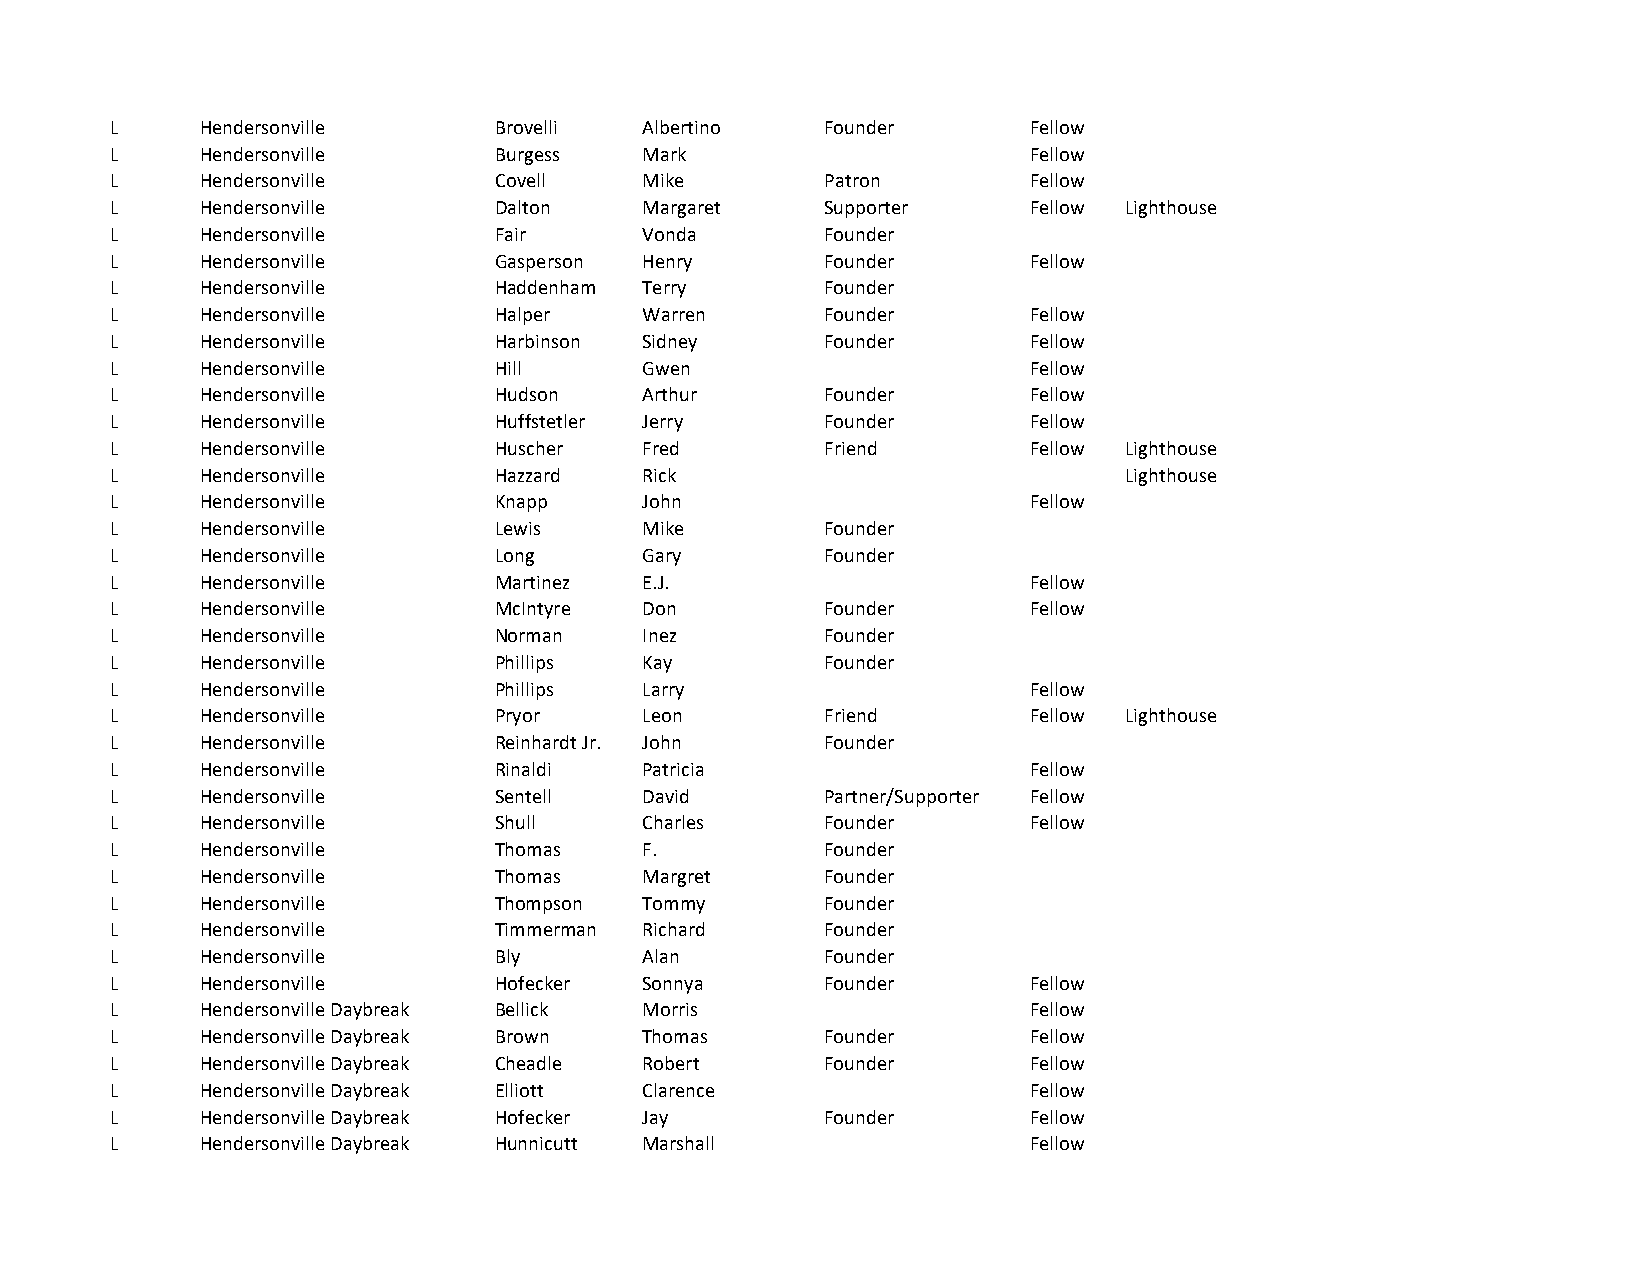
L     Hendersonville      Brovelli  Albertino   Founder      Fellow
 L     Hendersonville      Burgess   Mark                     Fellow
 L     Hendersonville      Covell    Mike        Patron       Fellow
 L     Hendersonville      Dalton    Margaret    Supporter    Fellow Lighthouse
 L     Hendersonville      Fair      Vonda       Founder
 L     Hendersonville      Gasperson Henry       Founder      Fellow
 L     Hendersonville      Haddenham Terry       Founder
 L     Hendersonville      Halper    Warren      Founder      Fellow
 L     Hendersonville      Harbinson Sidney      Founder      Fellow
 L     Hendersonville      Hill      Gwen                     Fellow
 L     Hendersonville      Hudson    Arthur      Founder      Fellow
 L     Hendersonville      Huffstetler Jerry     Founder      Fellow
 L     Hendersonville      Huscher   Fred        Friend       Fellow Lighthouse
 L     Hendersonville      Hazzard   Rick                           Lighthouse
 L     Hendersonville      Knapp     John                     Fellow
 L     Hendersonville      Lewis     Mike        Founder
 L     Hendersonville      Long      Gary        Founder
 L     Hendersonville      Martinez  E.J.                     Fellow
 L     Hendersonville      McIntyre  Don         Founder      Fellow
 L     Hendersonville      Norman    Inez        Founder
 L     Hendersonville      Phillips  Kay         Founder
 L     Hendersonville      Phillips  Larry                    Fellow
 L     Hendersonville      Pryor     Leon        Friend       Fellow Lighthouse
 L     Hendersonville      Reinhardt Jr. John    Founder
 L     Hendersonville      Rinaldi   Patricia                 Fellow
 L     Hendersonville      Sentell   David       Partner/Supporter Fellow
 L     Hendersonville      Shull     Charles     Founder      Fellow
 L     Hendersonville      Thomas    F.          Founder
 L     Hendersonville      Thomas    Margret     Founder
 L     Hendersonville      Thompson  Tommy       Founder
 L     Hendersonville      Timmerman Richard     Founder
 L     Hendersonville      Bly       Alan        Founder
 L     Hendersonville      Hofecker  Sonnya      Founder      Fellow
 L     Hendersonville Daybreak Bellick Morris                 Fellow
 L     Hendersonville Daybreak Brown Thomas      Founder      Fellow
 L     Hendersonville Daybreak Cheadle Robert    Founder      Fellow
 L     Hendersonville Daybreak Elliott Clarence               Fellow
 L     Hendersonville Daybreak Hofecker Jay      Founder      Fellow
 L     Hendersonville Daybreak Hunnicutt Marshall             Fellow